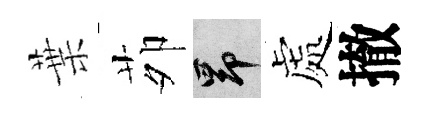
葉茆昂處撤